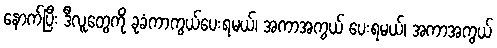
နောက်ပြီး ဒီလူတွေကို ခုခံကာကွယ်ပေးရမယ်၊ အကာအကွယ် ပေးရမယ်၊ အကာအကွယ်